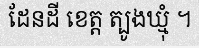
ដែនដី ខេត្ត ត្បូងឃ្មុំ ។